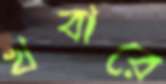
খবারে